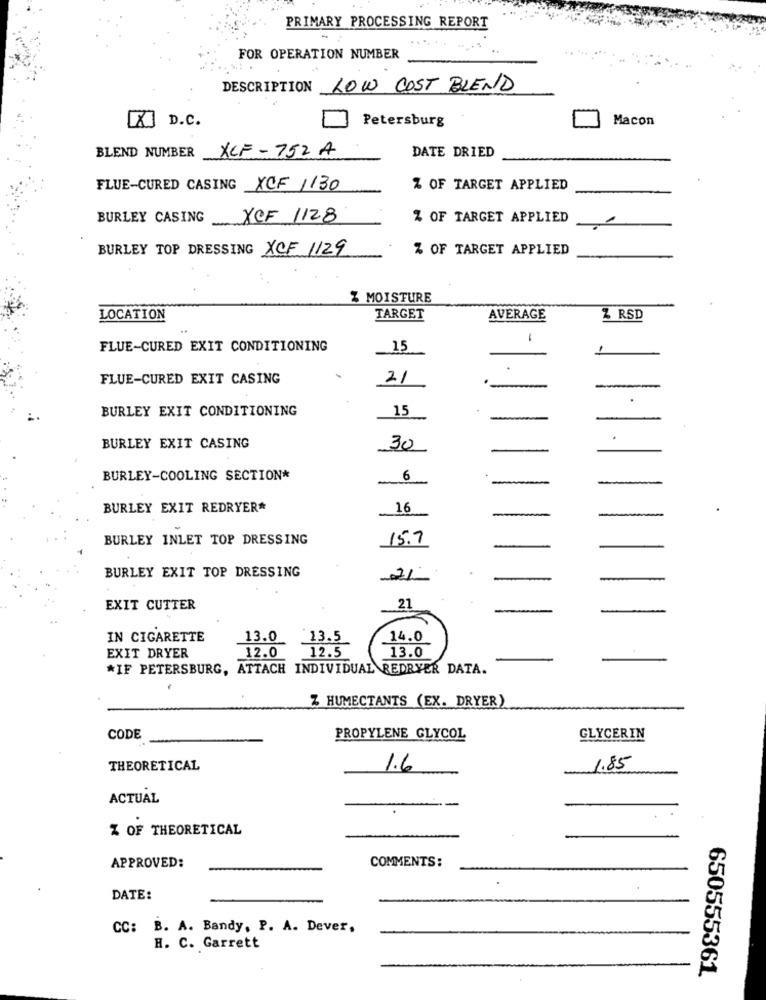
PRIMARY PROCESSING REPORT
FOR OPERATION NUMBER
DESCRIPTION LOW COST BLEND
Petersburg
Macon
[X] D.C.
BLEND NUMBER XCF - 752 A
DATE DRIED
FLUE-CURED CASING XCF 1130
% OF TARGET APPLIED
BURLEY CASING
XCF 1128
% OF TARGET APPLIED
BURLEY TOP DRESSING XCF 1129
% OF TARGET APPLIED
Z MOISTURE
LOCATION
TARGET
AVERAGE
Z RSD
FLUE-CURED EXIT CONDITIONING
_15
1
FLUE-CURED EXIT CASING
21
BURLEY EXIT CONDITIONING
15
BURLEY EXIT CASING
30
BURLEY-COOLING SECTION*
6
BURLEY EXIT REDRYER*
16
BURLEY INLET TOP DRESSING
15.7
BURLEY EXIT TOP DRESSING
21
21
EXIT CUTTER
IN CIGARETTE
13.0 13.5
14.0
12.5
13.0
EXIT DRYER
12.0
*IF PETERSBURG, ATTACH INDIVIDUAL REDRYER DATA.
Z HUMECTANTS (EX. DRYER)
CODE
PROPYLENE GLYCOL
GLYCERIN
THEORETICAL
1.6
1.85
ACTUAL
Z OF THEORETICAL
COMMENTS:
APPROVED:
DATE:
CC: B. A. Bandy, P. A. Dever.
H. C. Garrett
650555361.